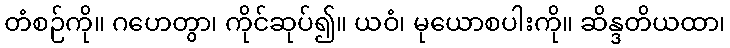
တံစဉ်ကို။ ဂဟေတွာ၊ ကိုင်ဆုပ်၍။ ယဝံ၊ မုယောစပါးကို။ ဆိန္ဒတိယထာ၊